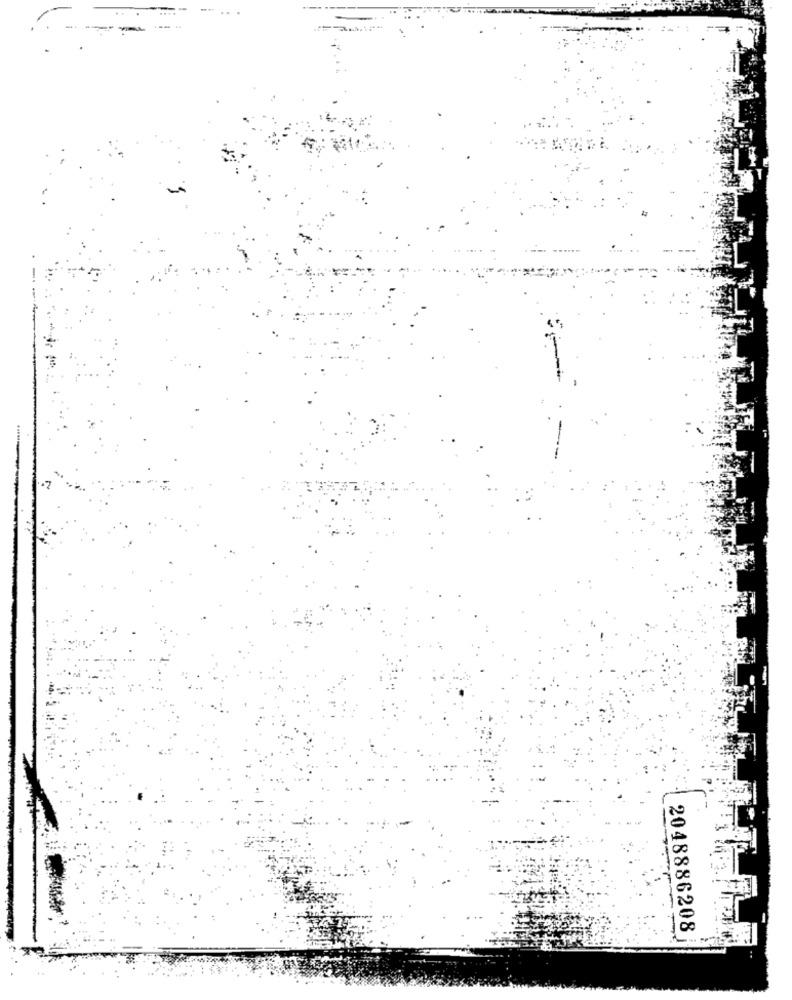
-. .
2048886208